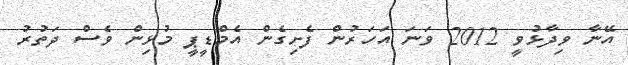
އޭނާ ވިދާޅުވީ 2012 ވަނަ އަހަރުން ފެށިގެން އެމްޑީޕީ މުޅިން ވެސް ދަތުރު